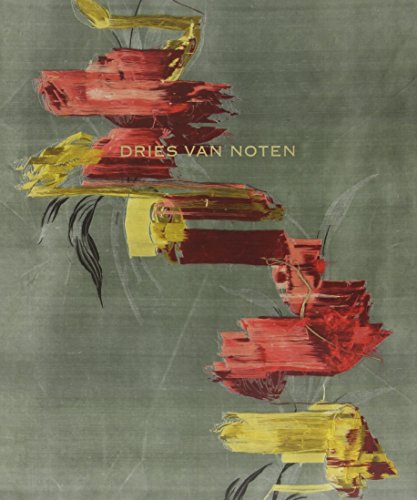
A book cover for Dries Van Noten; Pamela Golbin; Arts & Photography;